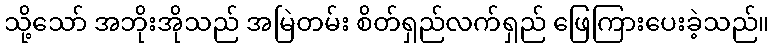
သို့သော် အဘိုးအိုသည် အမြဲတမ်း စိတ်ရှည်လက်ရှည် ဖြေကြားပေးခဲ့သည်။